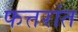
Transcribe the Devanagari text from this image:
फत्तरांत